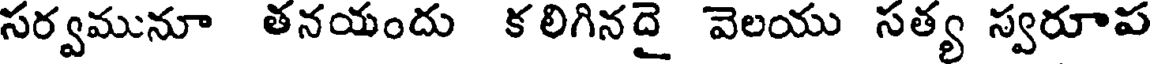
సర్వమునూ తనయందు క లిగినదై వెలయు సత్య స్వరూప